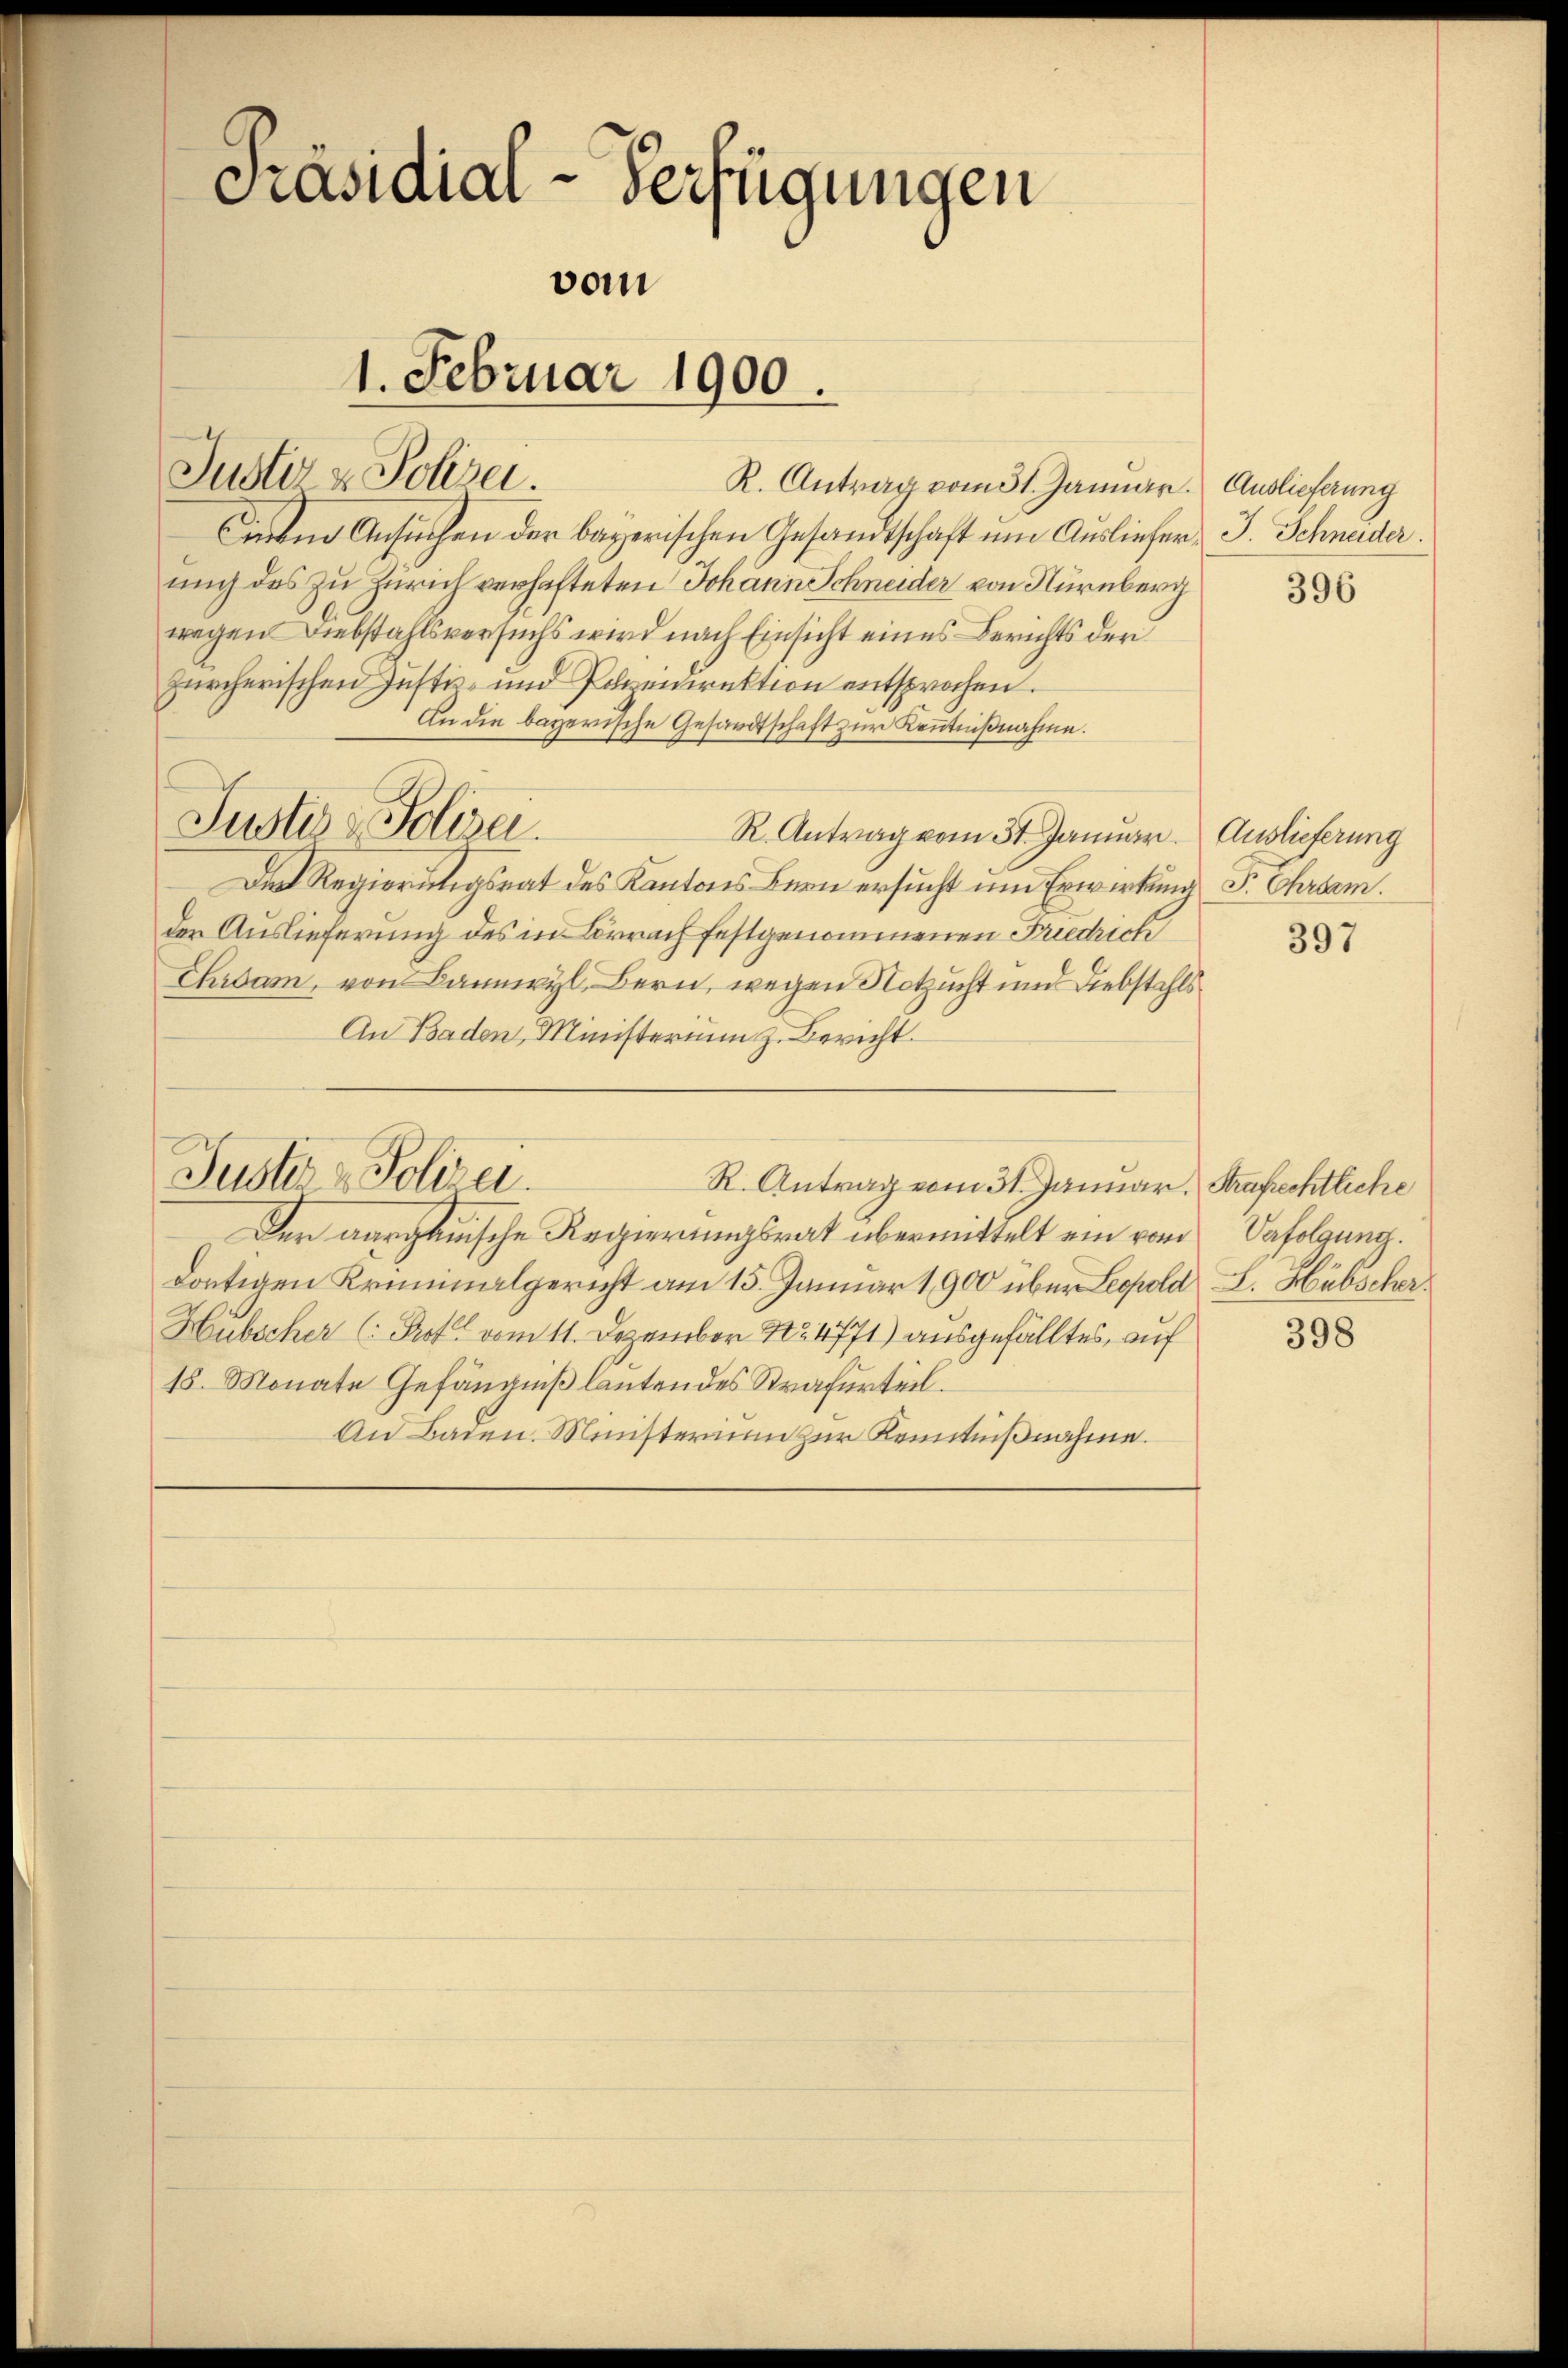
Justiz & Polizei.
Cinem Ansuchen der bayerischen Gesandtschaft um Ausliefer J. Schneider.
mich des zu Zürich verhafteten Johann Schneider von Nürnberg
wegen Diebstahlsversuchs wird nach Einsicht eines Berichts der
zürcherischen Justiz- und Polizeidirektion entsprochen.
An die bayerische Gesandtschaft zur Kenntnißnahme.
R. Antrag vom 31. Januar. Auslieferung
Die Regierungsrat des Kantons Bern ersucht um Erwirkung Sr. Ehrsam.
der Auslieferung des in Lörrach festgenommenen Friedrich
Ehrsam, von Bannwyl, Bern, wegen Notzucht und Diebstahls
An Baden Ministerium z. Bericht.
Justiz - Polizei.
R. Antrag vom 31. Januar. Strafrechtliche
Der aargauische Regierungsrat übermittelt ein vom
dortigen Kriminalgericht am 15. Januar 1900 über Leopold L. Hübscher.
Hubscher (: Prof. vom 11. Dezember No. 4771) ausgefälltes, auf
18. Monate Gefängniß lautendes Strafurteil.
An Baden. Ministerium zur Kenntnißnahme.

Präsidial-Verfügungen
vom
1. Februar 1900.

Justi - Polizei.

R. Antrag vom 31. Januar. Auslieferung

396

397

Vefolgung.

398